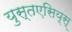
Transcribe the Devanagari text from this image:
युस्तएसिय्स्